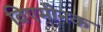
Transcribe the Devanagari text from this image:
विएमीनक